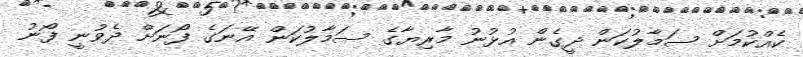
ކެއްކުމަށް ސަމާލުކަން ދީގެން އުޅުނު މާރިޔާގެ ސަމާލުކަން އޭނަގެ ފޯނަށް ދެވުނީ ފޯނު